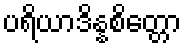
ပရိယာဒိန္နစိတ္တော